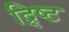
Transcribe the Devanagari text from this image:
द्र्ष्टि